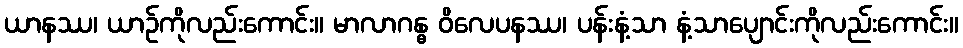
ယာနဿ၊ ယာဉ်ကိုလည်းကောင်း။ မာလာဂန္ဓ ဝိလေပနဿ၊ ပန်းနံ့သာ နံ့သာပျောင်းကိုလည်းကောင်း။